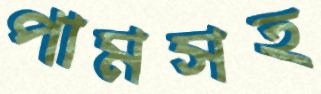
পামসহ